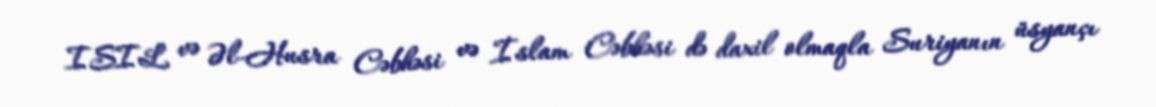
ISIL və Əl-Husra Cəbhəsi və İslam Cəbhəsi də daxil olmaqla Suriyanın üsyançı